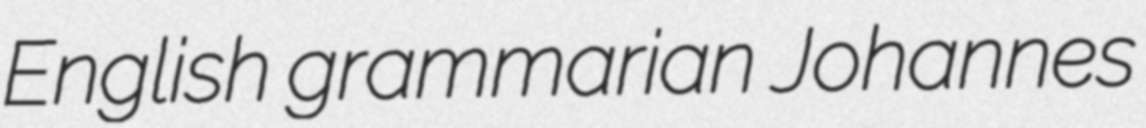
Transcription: English grammarian Johannes